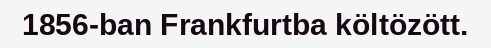
1856-ban Frankfurtba költözött.